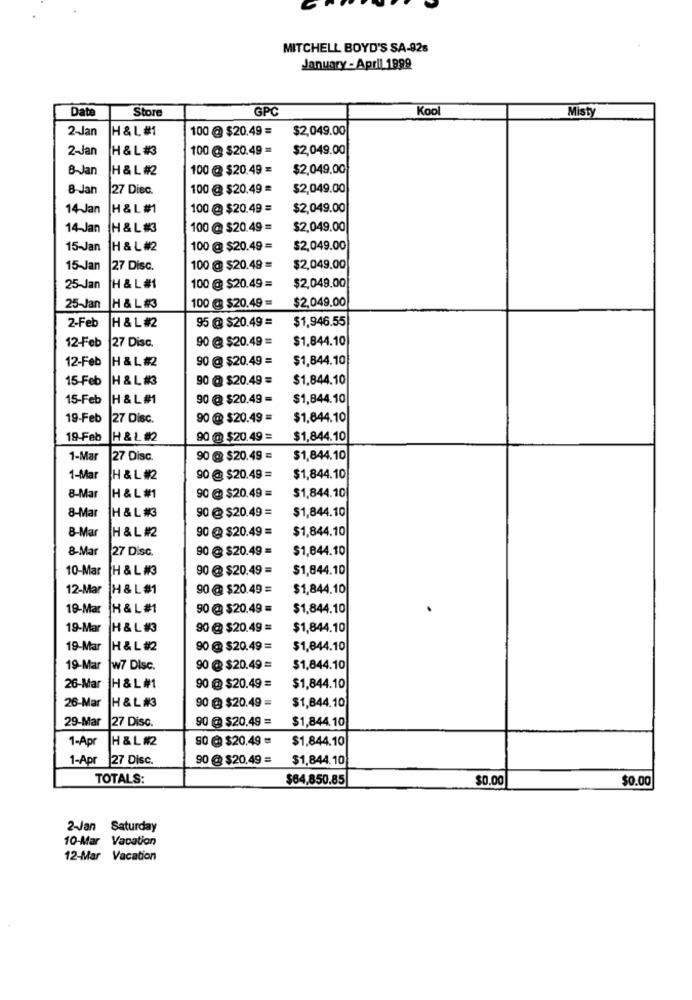
MITCHELL BOYD'S SA-926
January - April 1999
Date
Store
GPC
Kool
Misty
2-Jan
H & L #1
100 @ $20.49 =
$2,049.00
2-Jan
H & L #
100 @ $20.49 =
$2,049.00
8-Jan
H & L #2
100 @ $20.49 =
$2,049.00
8 Jan
27 Disc.
100 @ $20.49 =
$2,049.00
14 Jan
H & L #1
100 @ $20.49 =
$2,049.00
14-Jan
H & L#
100@ $20.49 =
$2,049.00
15-Jan
H & L #2
100 @ $20.49 =
$2,049.00
15-Jan
27 Disc.
100 @ $20.49 =
$2,049.00
25-Jan
H & L #1
100 @ $20.49 =
$2,049.00
$2,049.00
25-Jan
H & L #3
100 @ $20.49 =
2-Feb
95 @ $20.49 =
H & L #2
$1,946.55
90 @ $20.49 =
$1,844.10
12-Feb
27 Disc.
12-Feb
H & L #2
90 @ $20.49 =
$1,844.10
15-Feb
H & L #
90 @ $20.49 =
$1,844.10
15-Feb
H & L #1
90 @ $20.49 =
$1,844.10
19-Feb
27 Disc.
90 @ $20.49 =
$1,844.10
19-Feb
H & L #2
90 @ $20.49 =
$1,844.10
1-Mar
27 Disc.
90 @ $20.49 =
$1,844.10
1-Mar
H & L #2
90 @ $20.49 =
$1,844.10
8-Mar
H & L #1
90 @ $20.49 =
$1,844.10
8-Mar
H & L #3
90 @ $20.49 =
$1,844.10
8-Mar
90 @ $20.49 =
$1,844.10
H & L #2
8-Mar
27 Disc.
90 @ $20.49 =
$1,844.10
10-Mar H & L #3
90 @ $20.49 =
$1,844.10
12-Mar
H & L #1
90 @ $20.49 =
$1,844.10
19-Mar
H & L #1
90 @ $20.49 =
$1,844.10
19-Mar H & L #3
90 @ $20.49 =
$1,844.10
19-Mar
H & L #2
90 @ $20.49 =
$1,844.10
19-Mar
w7 Disc.
90 @ $20.49 =
$1,844.10
H &L #1
26-Mar
90 @ $20.49 =
$1,844.10
26-Mar
H & L #3
90 @ $20.49 =
$1,844.10
29-Mar
27 Disc.
90 @ $20.49 =
$1,844.10
1-Apr
H & L #2
90 @ $20.49 =
$1,844.10
1-Apr
27 Disc.
90 @ $20.49 =
$1,844.10
TOTALS:
$64,850.85
$0.00
$0.00
2-Jan Saturday
10-Mar Vacation
12-Mar Vacation